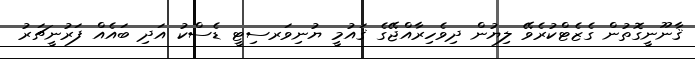
ޤާނޫނީގޮތުން ގެޒެޓްކުރެވޭ ލިޔުން ދިވެހިރާއްޖޭގެ ޤައުމީ ޔުނިވަރސިޓީ ޑެސްކު އަދި ބައެއް ފަރުނީޗަރު